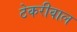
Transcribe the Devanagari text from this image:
टेकरीवाल